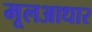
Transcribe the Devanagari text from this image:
मूलआधार